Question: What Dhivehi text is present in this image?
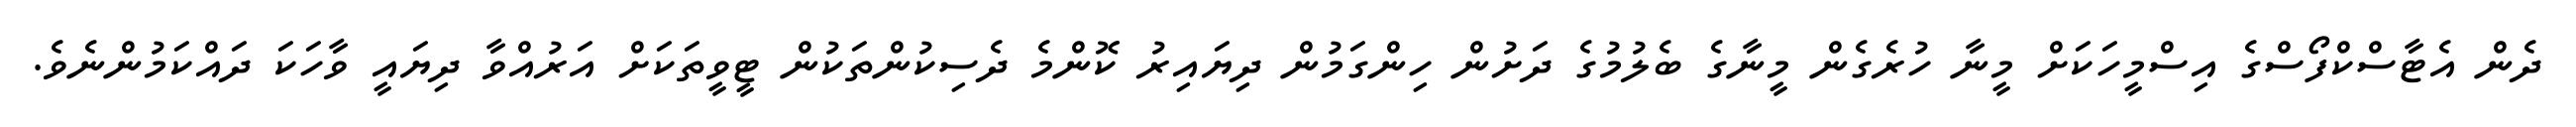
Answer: ދެން އެޓާސްކްފޯސްގެ އިސްމީހަކަށް މީނާ ހުރެގެން މީނާގެ ބެލުމުގެ ދަށުން ހިންގަމުން ދިޔައިރު ކޮންމެ ދެސިކުންތަކުން ޓީވީތަކަށް އަރުއްވާ ދިޔައީ ވާހަކަ ދައްކަމުންނެވެ.